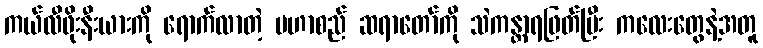
ကယ်လီဖိုးနီးယားကို ရောက်လာတဲ့ မဟာစည် ဆရာတော်ကို သဲကန္တာရဖြတ်ပြီး ကလေးတွေနဲ့အတူ